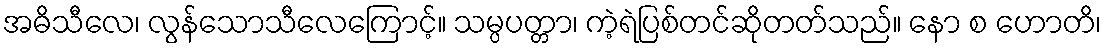
အဓိသီလေ၊ လွန်သောသီလေကြောင့်။ သမ္ပပတ္တာ၊ ကဲ့ရဲပြစ်တင်ဆိုတတ်သည်။ နော စ ဟောတိ၊